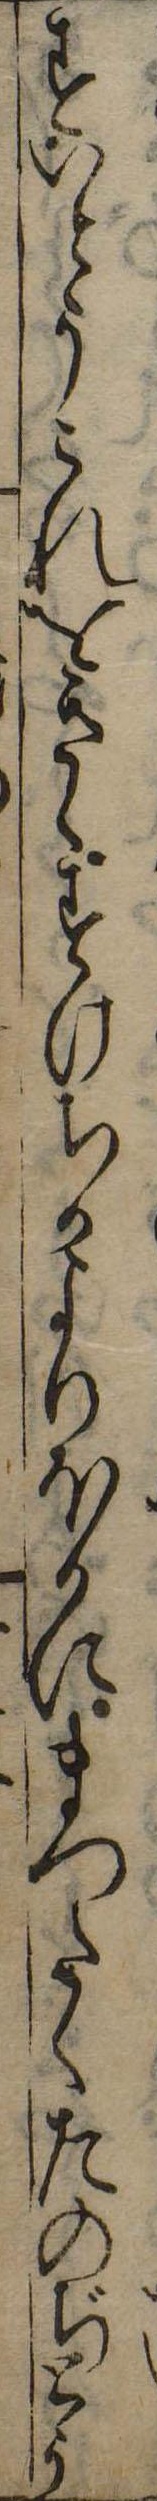
すいとうこれをきゝすけちかよりほかにまつたくたのぢとう